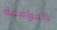
بالموافقة